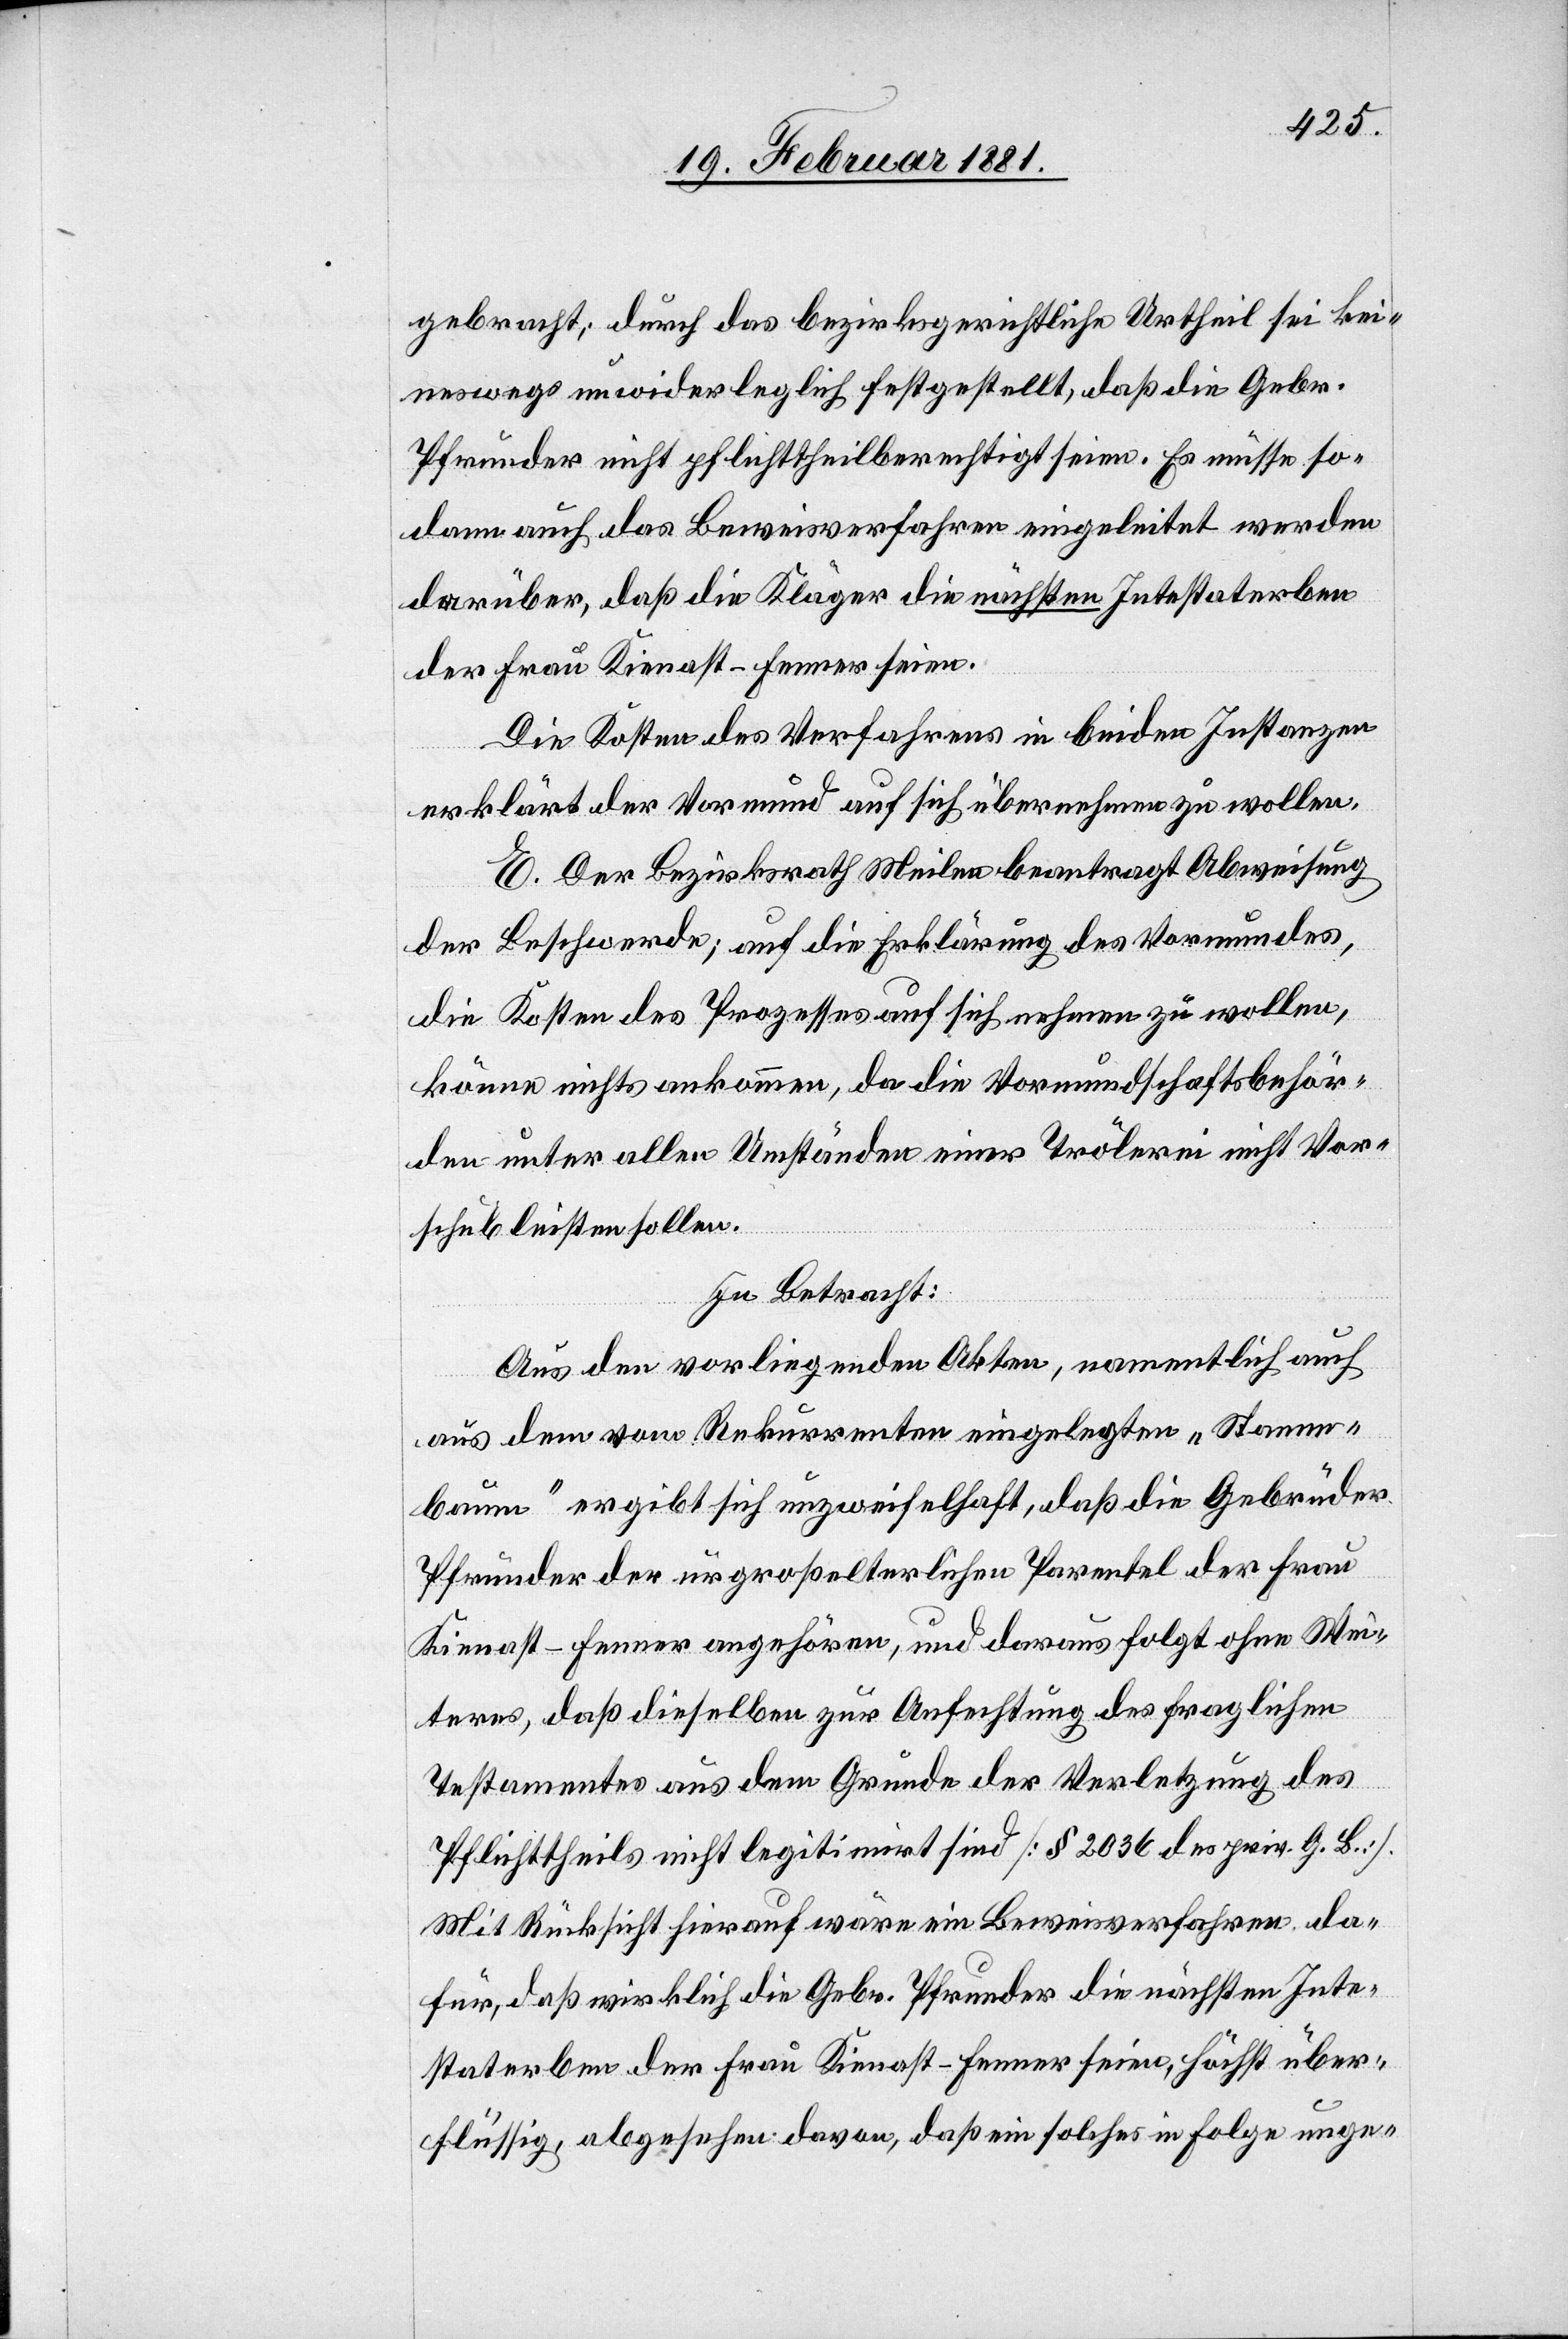
gebracht; durch das bezirksgerichtliche Urtheil sei kei¬
neswegs unwiderleglich festgestellt, daß die Gebr.
Pfrunder nicht pflichttheilberechtigt seien. Es müsse so¬
dann auch das Beweisverfahren eingeleitet werden
darüber, daß die Kläger die nächsten Intestaterben
der Frau Kienast-Fenner seien.
Die Kosten des Verfahrens in beiden Instanzen
erklärt der Vormund auf sich übernehmen zu wollen.
E. Der Bezirksrath Meilen beantragt Abweisung
der Beschwerde; auf die Erklärung des Vormundes,
die Kosten des Prozesses auf sich nehmen zu wollen,
könne nichts ankommen, da die Vormundschaftsbehör¬
den unter allen Umständen einer Trölerei nicht Vor¬
schub leisten sollen.
In Betracht:
Aus den vorliegenden Akten, namentlich auch
aus dem vom Rekurrenten eingelegten „Stamm¬
baum“ ergibt sich unzweifelhaft, daß die Gebrüder
Pfrunder der urgroßelterlichen Parentel der Frau
Kienast-Fenner angehören, und daraus folgt ohne Wei¬
teres, daß dieselben zur Anfechtung des fraglichen
Testamentes aus dem Grunde der Verletzung des
pflichtheiles nicht legitimirt sind [§ 2036 des priv. G. B].
Mit Rücksicht hierauf wäre ein Beweisverfahren da¬
für, daß wirklich die Gebr. Pfrunder die nächsten Inte¬
staterben der Frau Kienast-Fenner seien, höchst über¬
flüssig, abgesehen davon, daß ein solches in Folge unge-